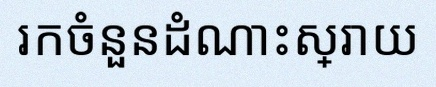
រកចំនួនដំណោះស្រាយ